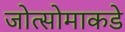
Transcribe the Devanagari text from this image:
जोत्सोमाकडे